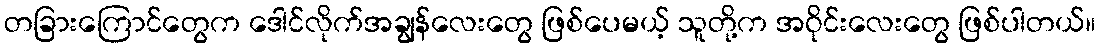
တခြားကြောင်တွေက ဒေါင်လိုက်အချွန်လေးတွေ ဖြစ်ပေမယ့် သူတို့က အဝိုင်းလေးတွေ ဖြစ်ပါတယ်။